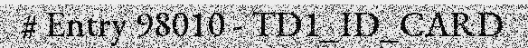
# Entry 98010 - TD1_ID_CARD